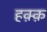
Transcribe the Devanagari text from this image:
हक़्क़